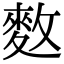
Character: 𪌑